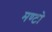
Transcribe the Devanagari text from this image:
मण्टो